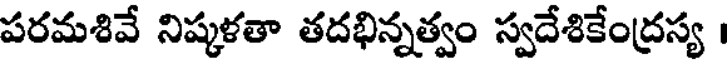
పరమశివే నిష్కళతా తదభిన్నత్వం స్వదేశికేంద్రస్య ।